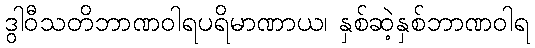
ဒွါဝီသတိဘာဏဝါရပရိမာဏာယ၊ နှစ်ဆဲ့နှစ်ဘာဏဝါရ